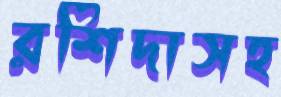
রশিদাসহ